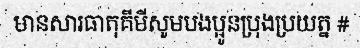
មានសារធាតុគីមីសូមបងប្អូនប្រុងប្រយត្ន #